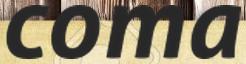
coma